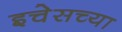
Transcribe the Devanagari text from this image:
इचेसच्या